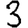
Digit: 3